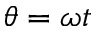
\theta = \omega t